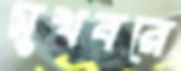
সুখবরে